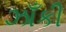
ઝાઁકી